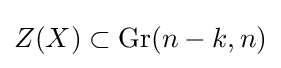
Z(X)\subset \operatorname {Gr} (n-k,n)